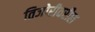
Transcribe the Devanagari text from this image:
तिजोरीवरील